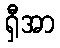
ရှီအာ